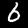
Digit: 6